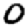
Digit: 0